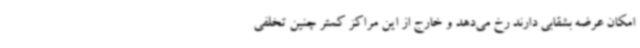
امکان عرضه بشقابی دارند رخ می‌دهد و خارج از این مراکز کمتر چنین تخلفی